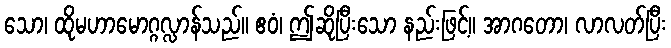
သော၊ ထိုမဟာမောဂ္ဂလ္လာန်သည်။ ဧဝံ၊ ဤဆိုပြီးသော နည်းဖြင့်။ အာဂတော၊ လာလတ်ပြီး